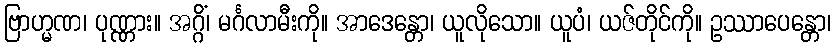
ဗြာဟ္မဏ၊ ပုဏ္ဏား။ အဂ္ဂိံ၊ မင်္ဂလာမီးကို။ အာဒေန္တော၊ ယူလိုသော။ ယူပံ၊ ယဇ်တိုင်ကို။ ဥဿာပေန္တော၊